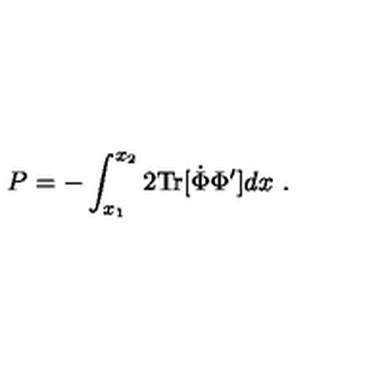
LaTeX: P = - \int _ { x _ { 1 } } ^ { x _ { 2 } } 2 \mathrm { T r } [ \dot { \Phi } \Phi ^ { \prime } ] d x \ .